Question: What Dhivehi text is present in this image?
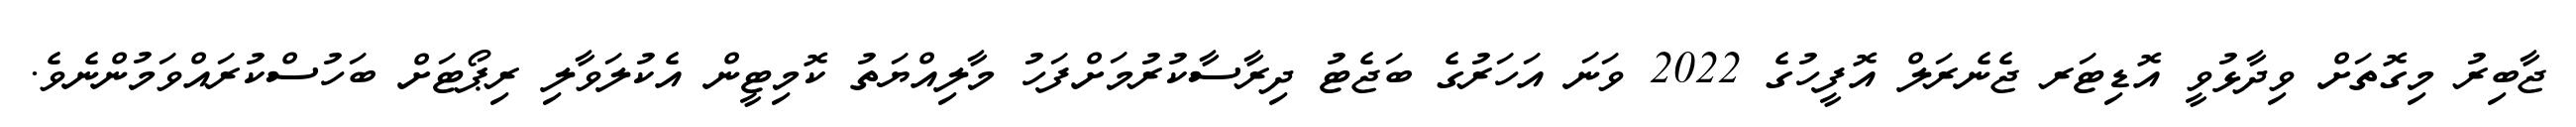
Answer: ޖާބިރު މިގޮތަށް ވިދާޅުވީ އޮޑިޓަރ ޖެނެރަލް އޮފީހުގެ 2022 ވަނަ އަހަރުގެ ބަޖެޓު ދިރާސާކުރުމަށްފަހު މާލިއްޔަތު ކޮމިޓީން އެކުލަވާލި ރިޕޯޓަށް ބަހުސްކުރައްވަމުންނެވެ.